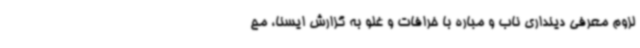
لزوم معرفی دینداری ناب و مباره با خرافات و غلو به گزارش ایسنا، مح